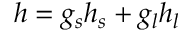
h = g _ { s } h _ { s } + g _ { l } h _ { l }